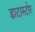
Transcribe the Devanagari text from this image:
डाटास्टोर